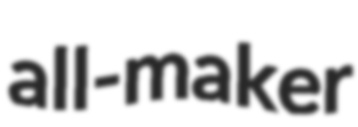
all-maker